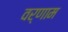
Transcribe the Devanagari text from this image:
वर्णाम